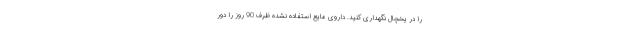
را در یخچال نگهداری کنید. داروی مایع استفاده نشده ظرف 90 روز را دور